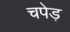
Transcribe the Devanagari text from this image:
चपेड़